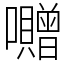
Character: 囎